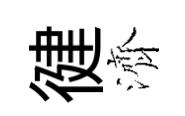
徤濟